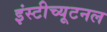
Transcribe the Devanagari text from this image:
इंस्टीच्यूटनल